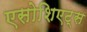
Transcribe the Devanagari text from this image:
एसोशिएट्स